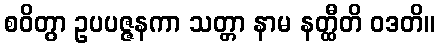
စဝိတွာ ဥပပဇ္ဇနကာ သတ္တာ နာမ နတ္ထီတိ ဝဒတိ။